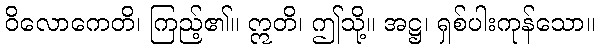
ဝိလောကေတိ၊ ကြည့်၏။ ဣတိ၊ ဤသို့။ အဋ္ဌ၊ ရှစ်ပါးကုန်သော။